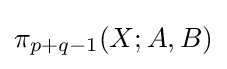
\pi _{p+q-1}(X;A,B)